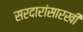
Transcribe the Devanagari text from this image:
सरदारांसारखी